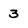
Character: 3